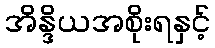
အိန္ဒိယအစိုးရနှင့်